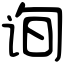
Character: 询